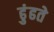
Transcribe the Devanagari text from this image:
ढुंढते